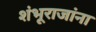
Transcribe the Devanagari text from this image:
शंभूराजांना